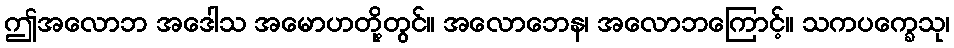
ဤအလောဘ အဒေါသ အမောဟတို့တွင်။ အလောဘေန၊ အလောဘကြောင့်။ သကပက္ခေသု၊